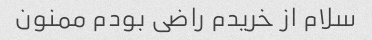
سلام از خریدم راضی بودم ممنون